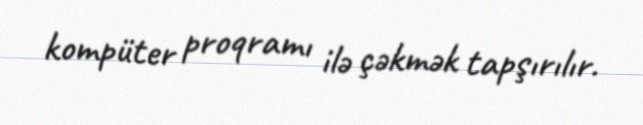
kompüter proqramı ilə çəkmək tapşırılır.